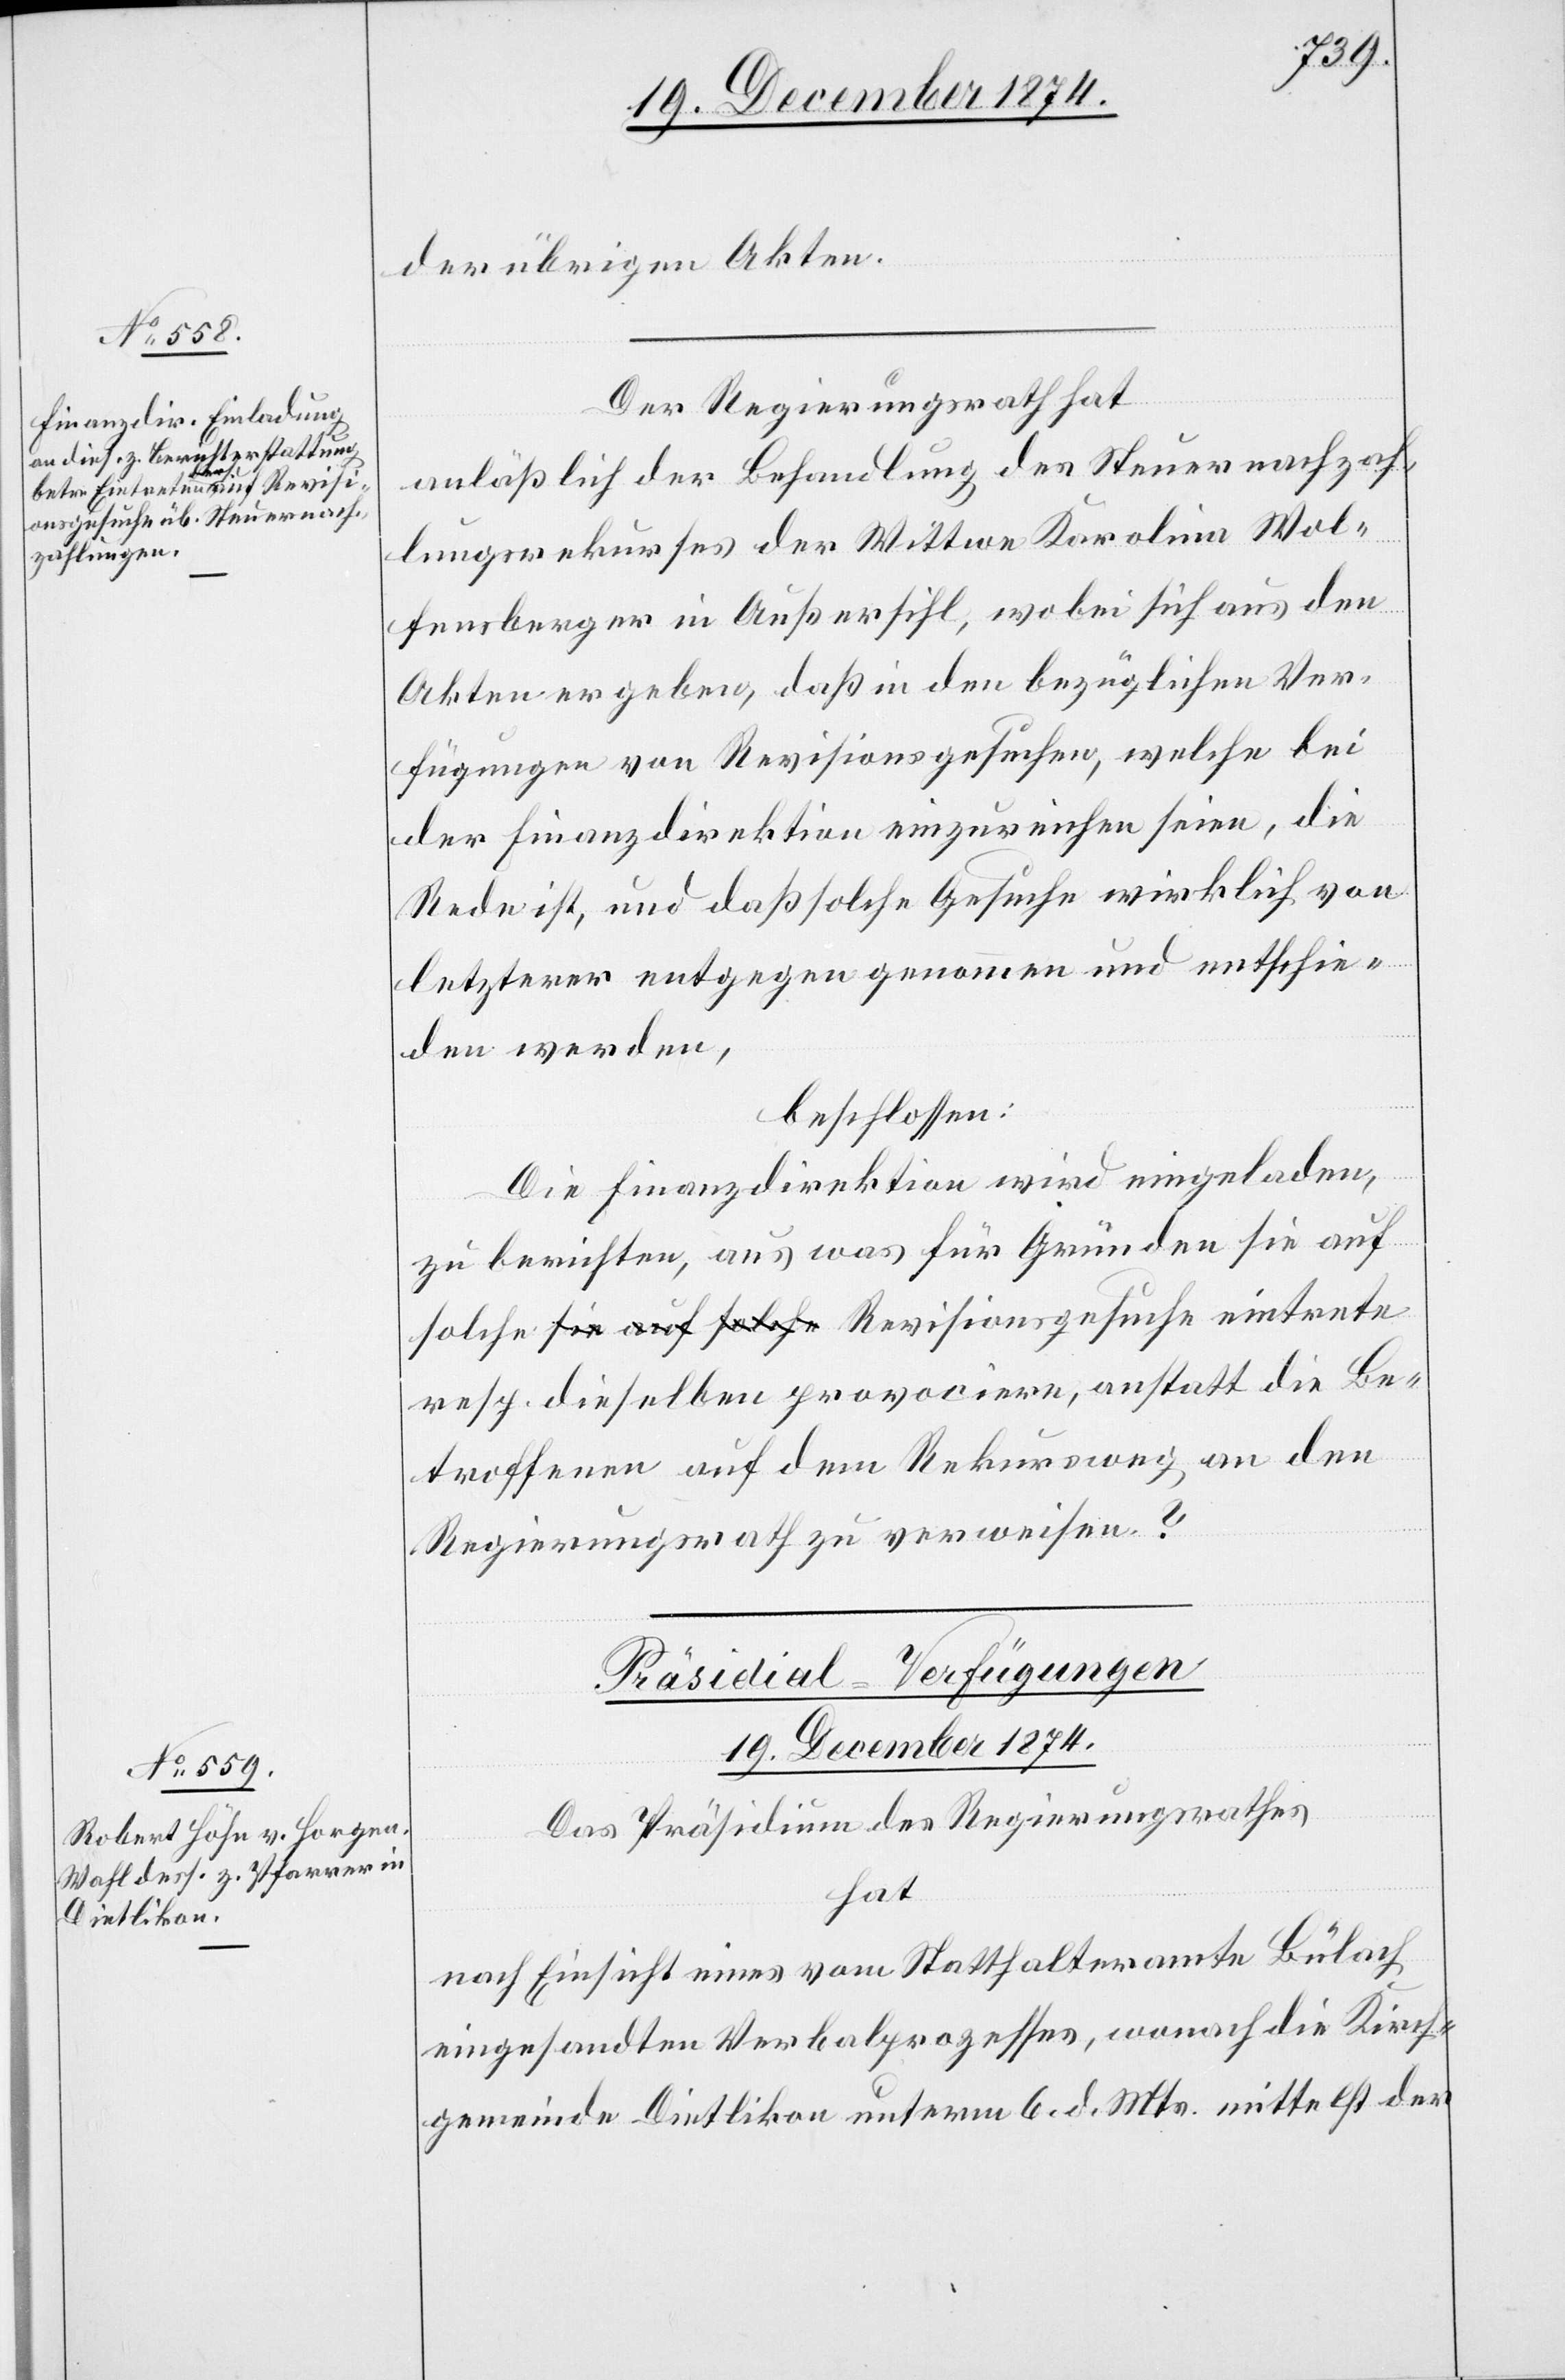
der übrigen Akten.
Der Regierungsrath hat
anläßlich der Behandlung des Steuernachzah¬
lungsrekurses der Wittwe Karolina Wol¬
fensberger in Außersihl, wobei sich aus den
Akten ergeben, daß in den bezüglichen Ver¬
fügungen von Revisionsgesuchen, welche bei
der Finanzdirektion einzureichen seien, die
Rede ist, und daß solche Gesuche wirklich von
letzterer entgegen genommen und entschie¬
den werden,
beschlossen:
Die Finanzdirektion wird eingeladen,
zu berichten, aus was für Gründen sie auf
resp. dieselben provociere, anstatt die Be¬
troffenen auf dem Rekursweg an den
Regierungsrath zu verweisen?
Präsidial-Verfügungen
19. December 1874.
Das Präsidium des Regierungsrathes
hat
nach Einsicht eines vom Statthalteramte Bülach
eingesandten Verbalprozesses, wonach die Kirch¬
gemeinde Dietlikon unterm 6. d. Mts. mittelst der